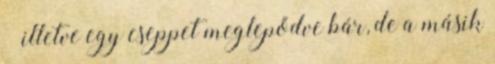
– illetve egy cseppet meglepődve bár, de a másik